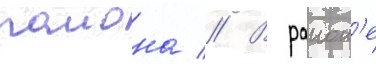
раиона // В раион'е